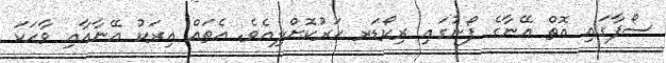
ސޯފާގައި އޮތް އޭނާގެ ފޯނުގައި ރިކޯޑަރ ހަރުކޮށްލިއެވެ. އެތައް އިރަކު އޭނާއާއި ވާހަކަ